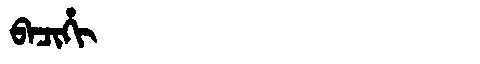
Manchu: ᠪᠠᠴᡳᡥᡳ
Romanization: BACIHI